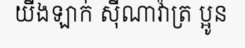
យីងឡាក់ ស៊ីណាវ៉ាត្រ ប្អូន